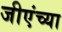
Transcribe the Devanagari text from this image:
जीएंच्या